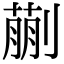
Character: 蒯